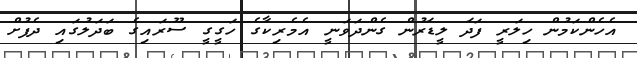
އެހެންކަމުން ހިލަރީ ފަދަ ލީޑަރުން ގެންދަވަނީ އެމެރިކާގެ ހަގީގީ ސޫރައިގެ ބަދަލުގައި ދެފުށް